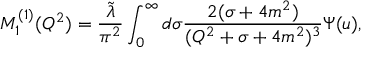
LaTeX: M _ { 1 } ^ { ( 1 ) } ( Q ^ { 2 } ) = \frac { \tilde { \lambda } } { \pi ^ { 2 } } \int _ { 0 } ^ { \infty } d \sigma \frac { 2 ( \sigma + 4 m ^ { 2 } ) } { ( Q ^ { 2 } + \sigma + 4 m ^ { 2 } ) ^ { 3 } } \Psi ( u ) ,